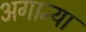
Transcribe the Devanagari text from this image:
अगान्या